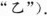
“乙”).